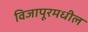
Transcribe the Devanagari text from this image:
विजापूरमधील